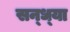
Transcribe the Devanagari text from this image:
सन्‍ध्‍या